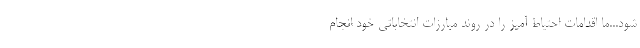
‌شود...ما اقدامات احتیاط ‌آمیز را در روند مبارزات انتخاباتی خود انجام